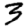
Digit: 3